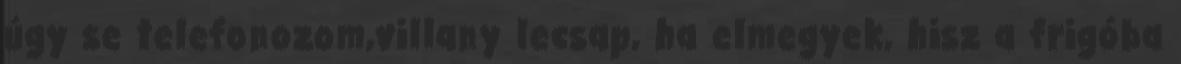
úgy se telefonozom,villany lecsap, ha elmegyek, hisz a frigóba